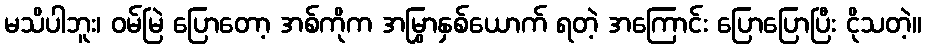
မသိပါဘူး၊ ဝမ်မြဲ ပြောတော့ အစ်ကိုက အမြွှာနှစ်ယောက် ရတဲ့ အကြောင်း ပြောပြောပြီး ငိုသတဲ့။